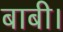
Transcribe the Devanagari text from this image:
बाबी।